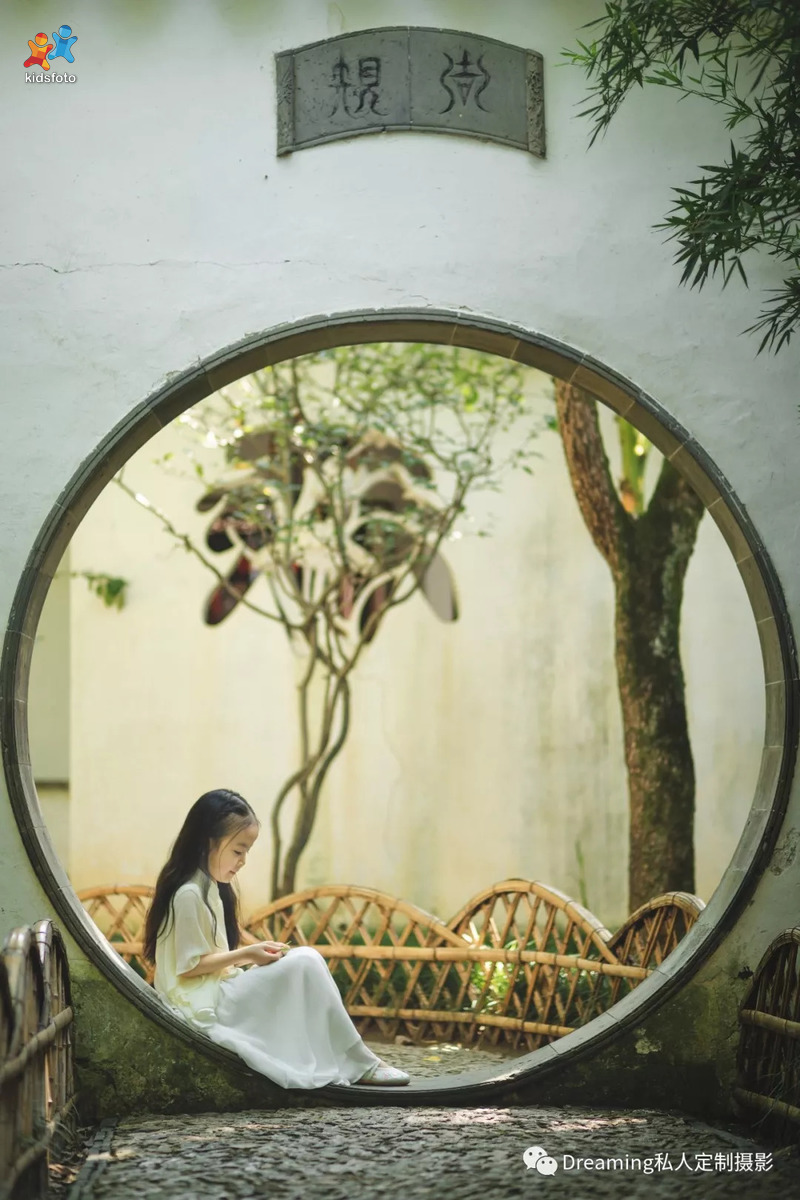
夜雨连明春水生，娇云浓暖弄阴晴。